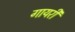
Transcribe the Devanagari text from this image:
गायरी